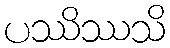
ပဿိဿသိ